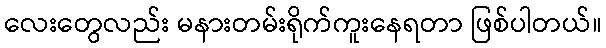
လေးတွေလည်း မနားတမ်းရိုက်ကူးနေရတာ ဖြစ်ပါတယ်။